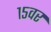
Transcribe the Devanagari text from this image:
१५वर